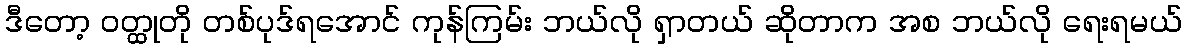
ဒီတော့ ဝတ္ထုတို တစ်ပုဒ်ရအောင် ကုန်ကြမ်း ဘယ်လို ရှာတယ် ဆိုတာက အစ ဘယ်လို ရေးရမယ်